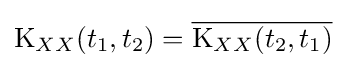
\operatorname {K} _{XX}(t_{1},t_{2})={\overline {\operatorname {K} _{XX}(t_{2},t_{1})}}